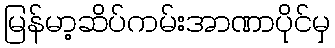
မြန်မာ့ဆိပ်ကမ်းအာဏာပိုင်မှ